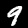
Label: 9